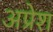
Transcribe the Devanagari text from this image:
अप्रेश